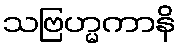
သဗြဟ္မကာနိ